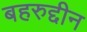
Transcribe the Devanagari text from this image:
बहरुद्दीन